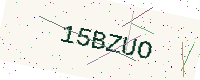
Text: 15BZUO